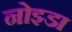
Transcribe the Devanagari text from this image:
नोइडा